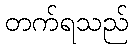
တက်ရသည်